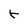
Character: r